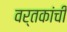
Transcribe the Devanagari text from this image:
वर्तकांची